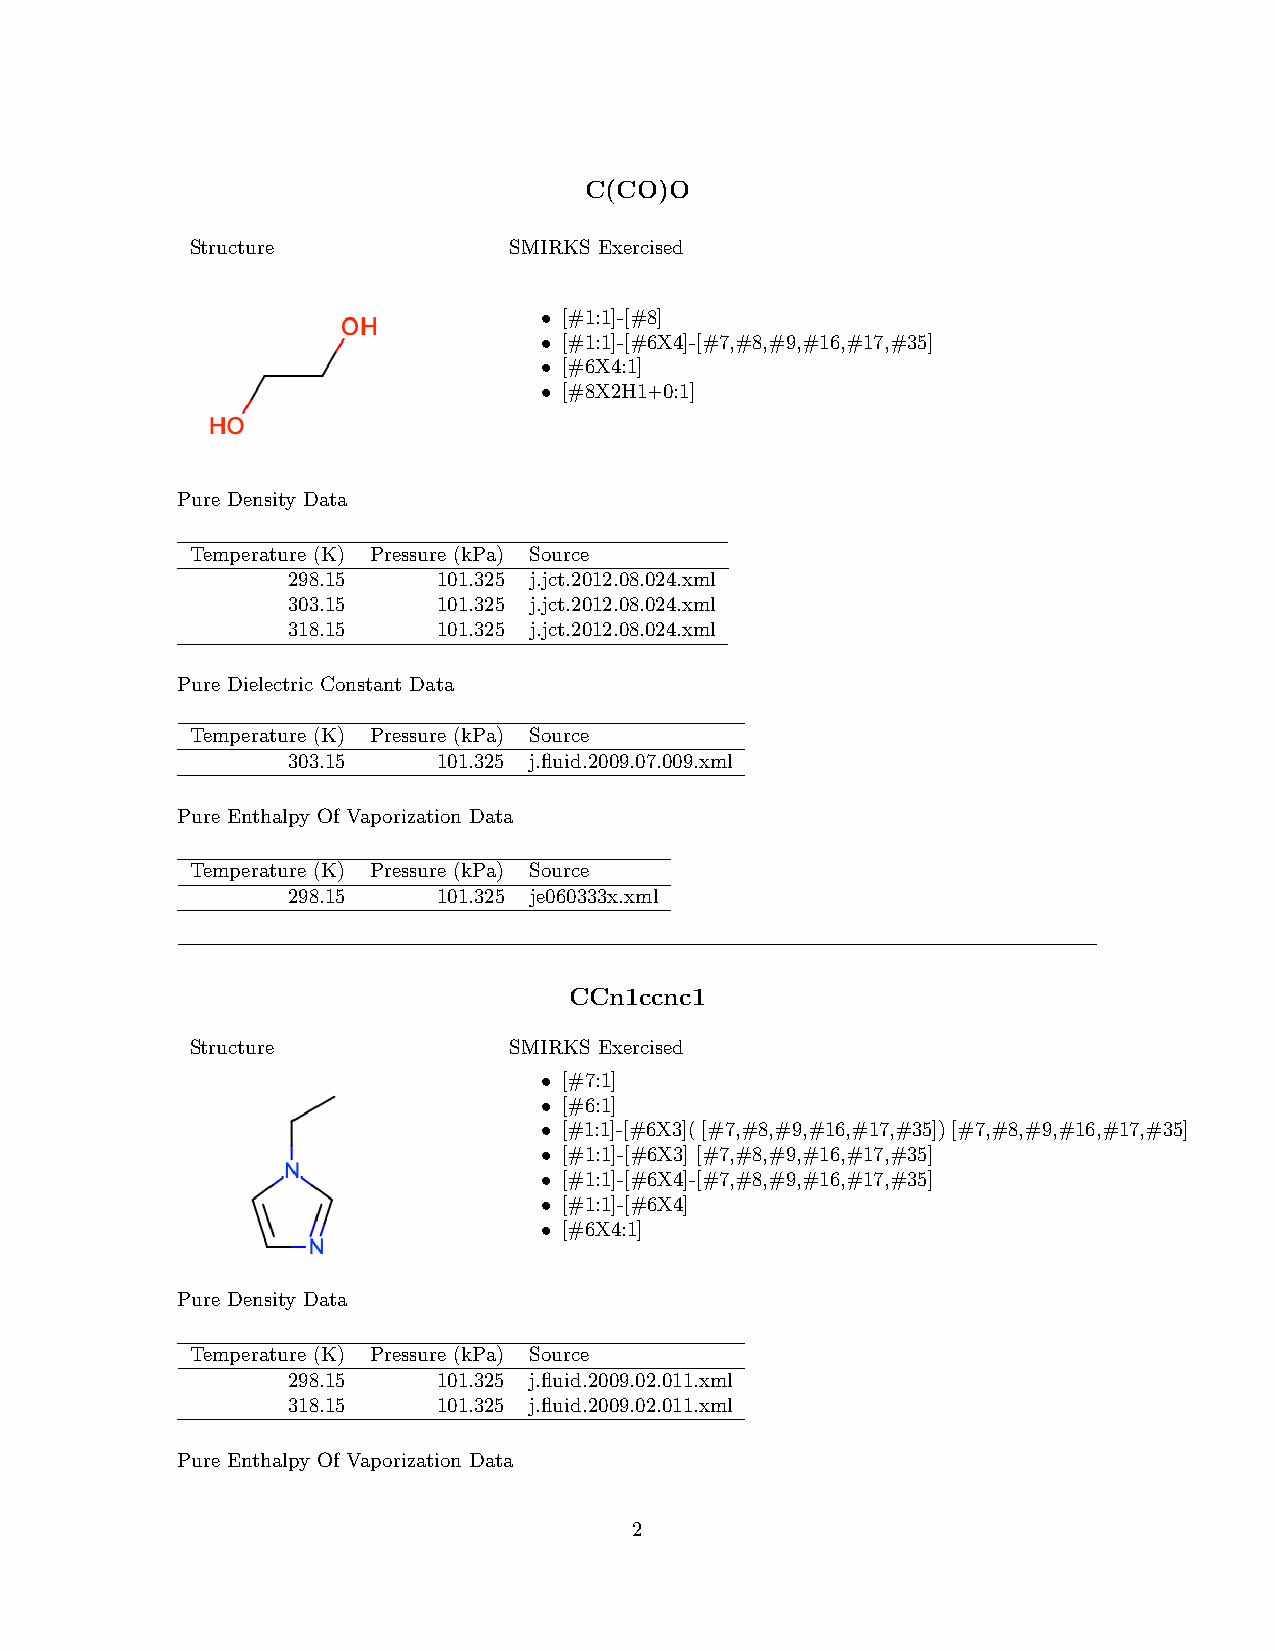
C(CO)O
 Structure            SMIRKS Exercised
 • [#1:1]-[#8]
 • [#1:1]-[#6X4]-[#7,#8,#9,#16,#17,#35]
 • [#6X4:1]
 • [#8X2H1+0:1]
 Pure Density Data
 Temperature (K) Pressure (kPa) Source
 298.15    101.325 j.jct.2012.08.024.xml
 303.15    101.325 j.jct.2012.08.024.xml
 318.15    101.325 j.jct.2012.08.024.xml
 Pure Dielectric Constant Data
 Temperature (K) Pressure (kPa) Source
 303.15    101.325 j.fluid.2009.07.009.xml
 Pure Enthalpy Of Vaporization Data
 Temperature (K) Pressure (kPa) Source
 298.15    101.325 je060333x.xml
 CCn1ccnc1
 Structure            SMIRKS Exercised
 • [#7:1]
 • [#6:1]
 • [#1:1]-[#6X3]([#7,#8,#9,#16,#17,#35])[#7,#8,#9,#16,#17,#35]
 • [#1:1]-[#6X3] [#7,#8,#9,#16,#17,#35]
 • [#1:1]-[#6X4]-[#7,#8,#9,#16,#17,#35]
 • [#1:1]-[#6X4]
 • [#6X4:1]
 Pure Density Data
 Temperature (K) Pressure (kPa) Source
 298.15    101.325 j.fluid.2009.02.011.xml
 318.15    101.325 j.fluid.2009.02.011.xml
 Pure Enthalpy Of Vaporization Data
 2